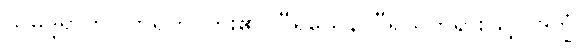
သမုဒ္ဒရာကို။ တရတိ၊ ကူး၏။ ဝီရိယေန၊ ဝီရိယတရားဖြင့်။ ဒုက္ခံ၊